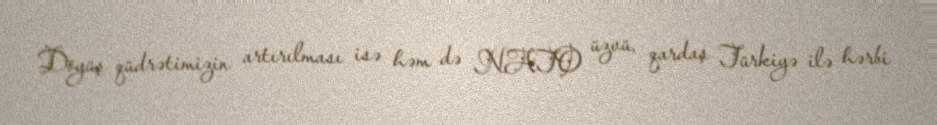
Döyüş qüdrətimizin artırılması isə həm də NATO üzvü, qardaş Türkiyə ilə hərbi